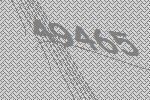
49465